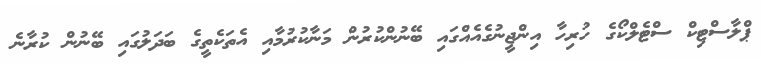
ޕްލާސްޓިކް ސްޓެލްކޯގެ ހުރިހާ އިންޖީނުގެއެއްގައި ބޭނުންކުރުން މަނާކުރުމާއި އެތަކެތީގެ ބަދަލުގައި ބޭނުން ކުރާނެ